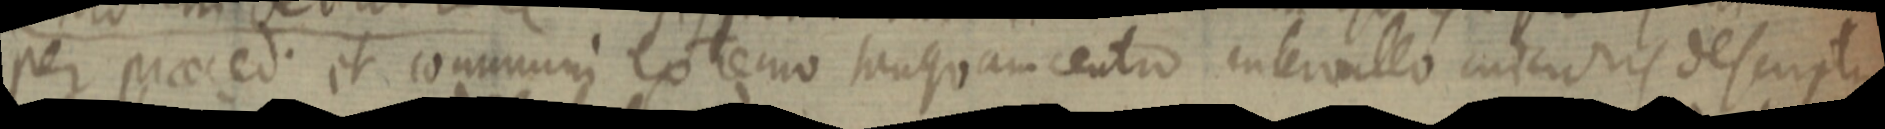
per praeced et communi extremo tanquam centro intervallo _ descriptu